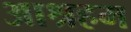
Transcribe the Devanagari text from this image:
आश्रहम